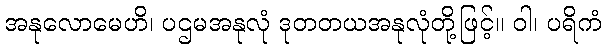
အနုလောမေဟိ၊ ပဌမအနုလုံ ဒုတတယအနုလုံတို့ဖြင့်။ ဝါ၊ ပရိကံ